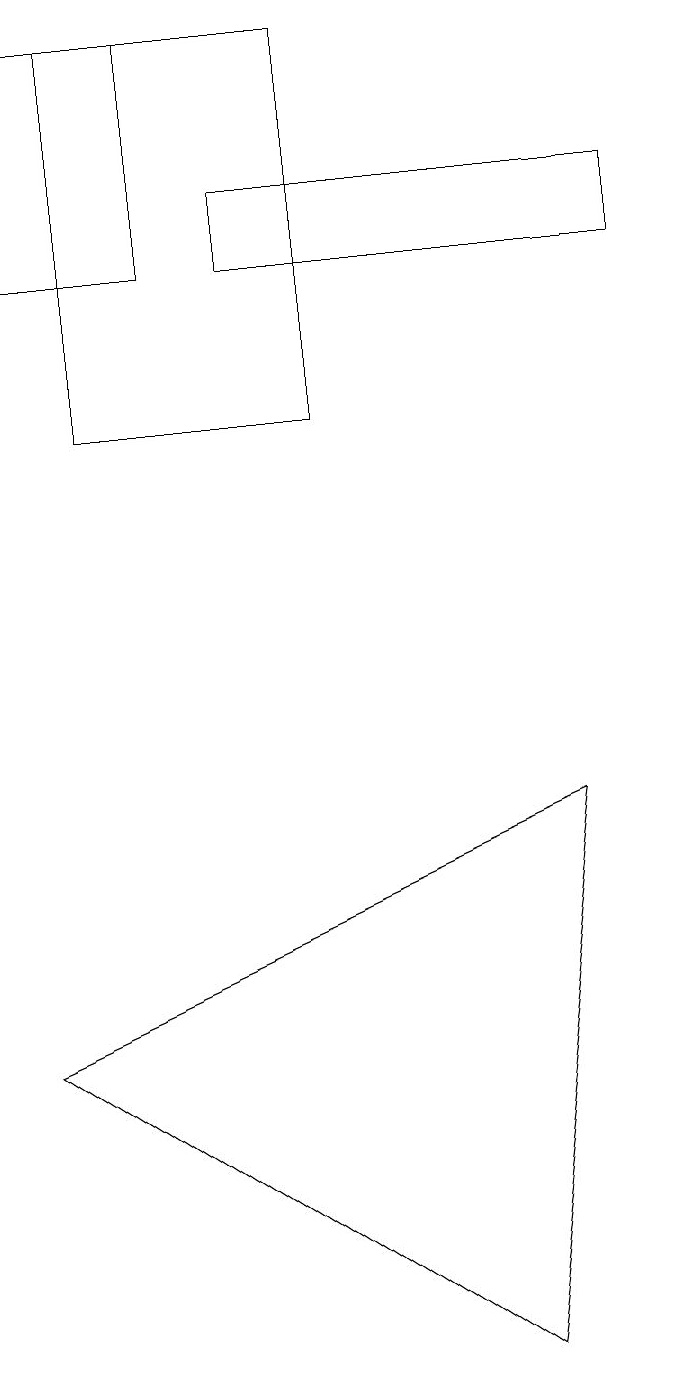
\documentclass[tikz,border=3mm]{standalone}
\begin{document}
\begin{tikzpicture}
\draw (3,15) rectangle (8,16);
\draw (0,5) -- (6,1) -- (7,8) -- cycle;
\draw (4,13) rectangle (1,18);
\draw (0,18) rectangle (2,15);
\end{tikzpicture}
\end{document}